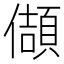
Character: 𭀂